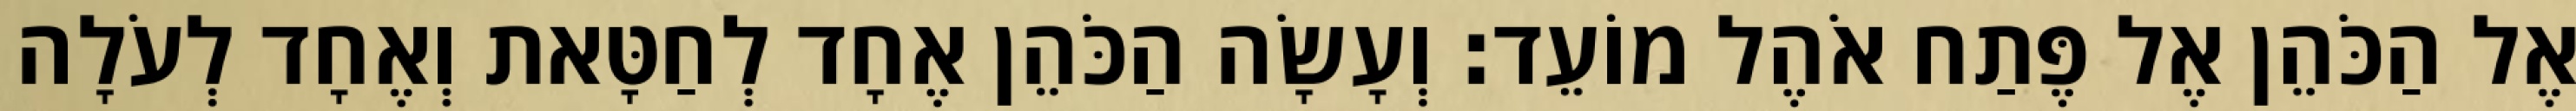
אֶל הַכֹּהֵן אֶל פֶּתַח אֹהֶל מוֹעֵד׃ וְעָשָׂה הַכֹּהֵן אֶחָד לְחַטָּאת וְאֶחָד לְעֹלָה